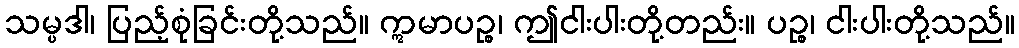
သမ္ပဒါ၊ ပြည့်စုံခြင်းတို့သည်။ ဣမာပဉ္စ၊ ဤငါးပါးတို့တည်း။ ပဉ္စ၊ ငါးပါးတို့သည်။